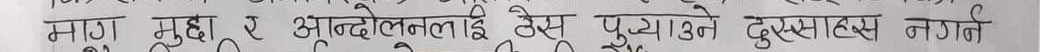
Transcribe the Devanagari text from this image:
मा ग मुद्धा ए आन्दोलनलाई हेस पुऱ्याउने दुस्साहस नगर्ने